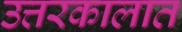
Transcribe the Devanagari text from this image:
उत्तरकालात